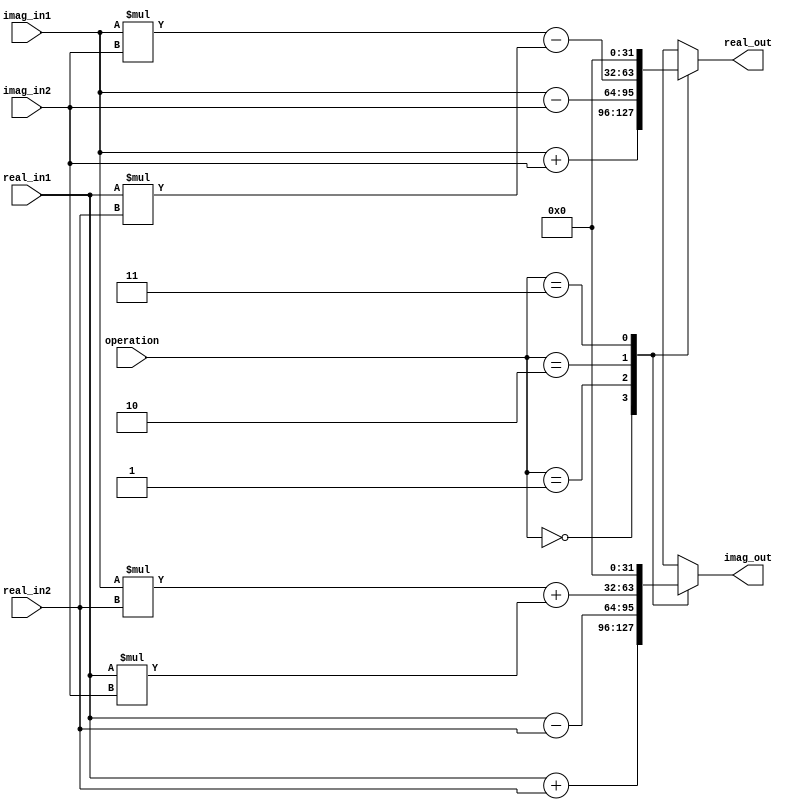
module ComplexALU (
    input [31:0] real_in1,
    input [31:0] imag_in1,
    input [31:0] real_in2,
    input [31:0] imag_in2,
    input [1:0] operation,
    output reg [31:0] real_out,
    output reg [31:0] imag_out
);

reg [63:0] complex1;
reg [63:0] complex2;

//Combine real and imaginary parts into a single complex number
assign complex1 = {real_in1, imag_in1};
assign complex2 = {real_in2, imag_in2};

always @(*) begin
    case(operation)
        2'b00: // Addition
            begin
                real_out = complex1[31:0] + complex2[31:0];
                imag_out = complex1[63:32] + complex2[63:32];
            end
        2'b01: // Subtraction
            begin
                real_out = complex1[31:0] - complex2[31:0];
                imag_out = complex1[63:32] - complex2[63:32];
            end
        2'b10: // Multiplication
            begin
                real_out = (complex1[31:0] * complex2[31:0]) - (complex1[63:32] * complex2[63:32]);
                imag_out = (complex1[31:0] * complex2[63:32]) + (complex1[63:32] * complex2[31:0]);
            end
        2'b11: // Division - Not implemented
            begin
                real_out = 32'b0; // Placeholder value
                imag_out = 32'b0; // Placeholder value
            end
    endcase
end

endmodule